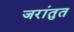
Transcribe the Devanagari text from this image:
जरांतुत